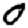
Digit: 0